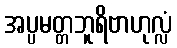
အပ္ပမတ္တဘူရိဗာဟုလ္လံ